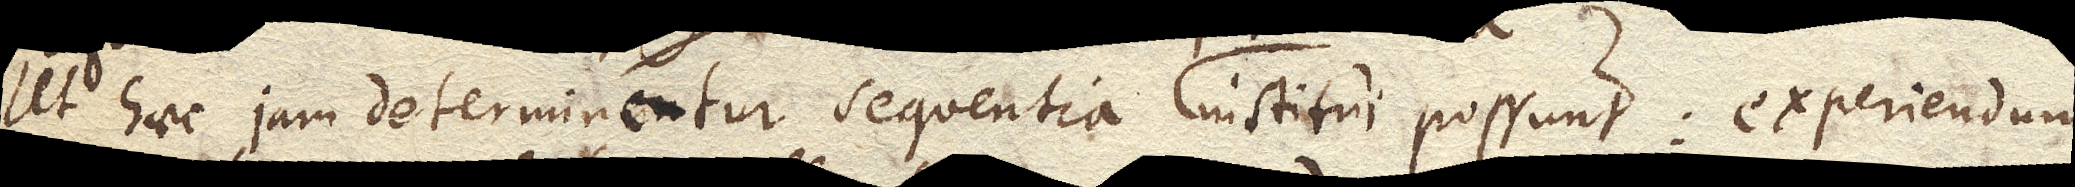
Ut haec jam determinentur sequentia experimenta institui possunt: experiendum